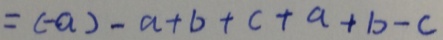
= ( - a ) - a + b + c + a + b - c